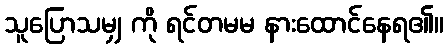
သူပြောသမျှ ကို ရင်တမမ နားထောင်နေရ၏။